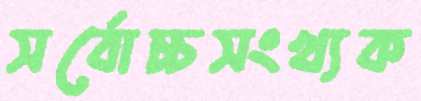
সর্বোচ্চসংখ্যক